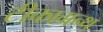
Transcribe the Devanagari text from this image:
टीकाग्रन्थ